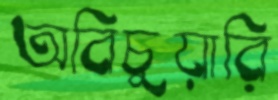
অবিচুয়ারি